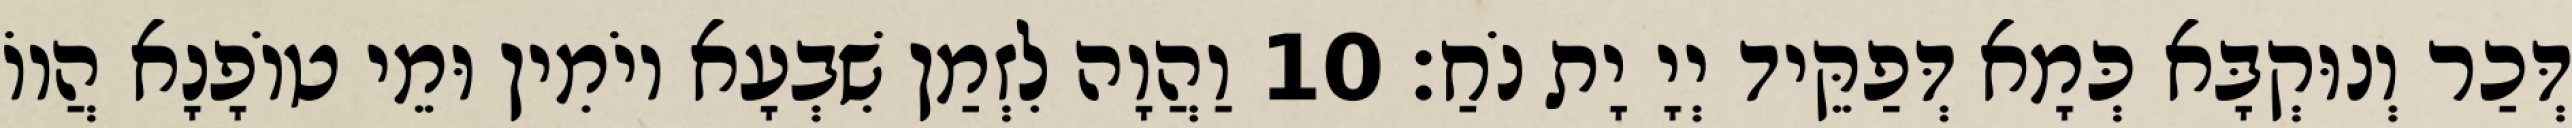
דְּכַר וְנוּקְבָּא כְּמָא דְּפַקֵּיד יְיָ יָת נֹחַ׃ 10 וַהֲוָה לִזְמַן שִׁבְעָא יוֹמִין וּמֵי טוֹפָנָא הֲווֹ